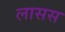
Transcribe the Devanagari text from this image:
लासस